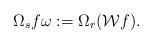
LaTeX: \begin{align*} \Omega_sf\omega :=\Omega_r(\mathcal{W}f).\end{align*}